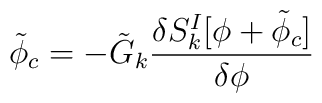
{\tilde \phi}_c = - {\tilde G}_k  {\delta S_k^I[\phi+{\tilde      \phi_c}] \over \delta \phi}